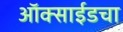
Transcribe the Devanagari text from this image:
ऑक्साईडचा